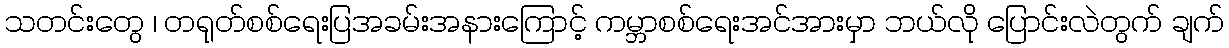
သတင်းတွေ ၊ တရုတ်စစ်ရေးပြအခမ်းအနားကြောင့် ကမ္ဘာစစ်ရေးအင်အားမှာ ဘယ်လို ပြောင်းလဲတွက် ချက်